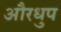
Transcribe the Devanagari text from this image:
औरधुप